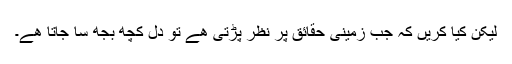
لیکن کیا کریں کہ جب زمینی حقائق پر نظر پڑتی ھے تو دل کچھ بجھ سا جاتا ھے۔